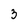
Character: 3